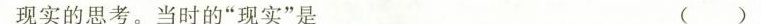
现实的思考。当时的”现实”是 ( )